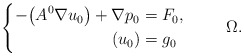
\begin{align*}\left \{\aligned- \big (A^0\nabla u_0 \big) +\nabla p_0 &= F_0, \\ (u_0) & = g_0\endaligned\right.\qquad \ \Omega.\end{align*}